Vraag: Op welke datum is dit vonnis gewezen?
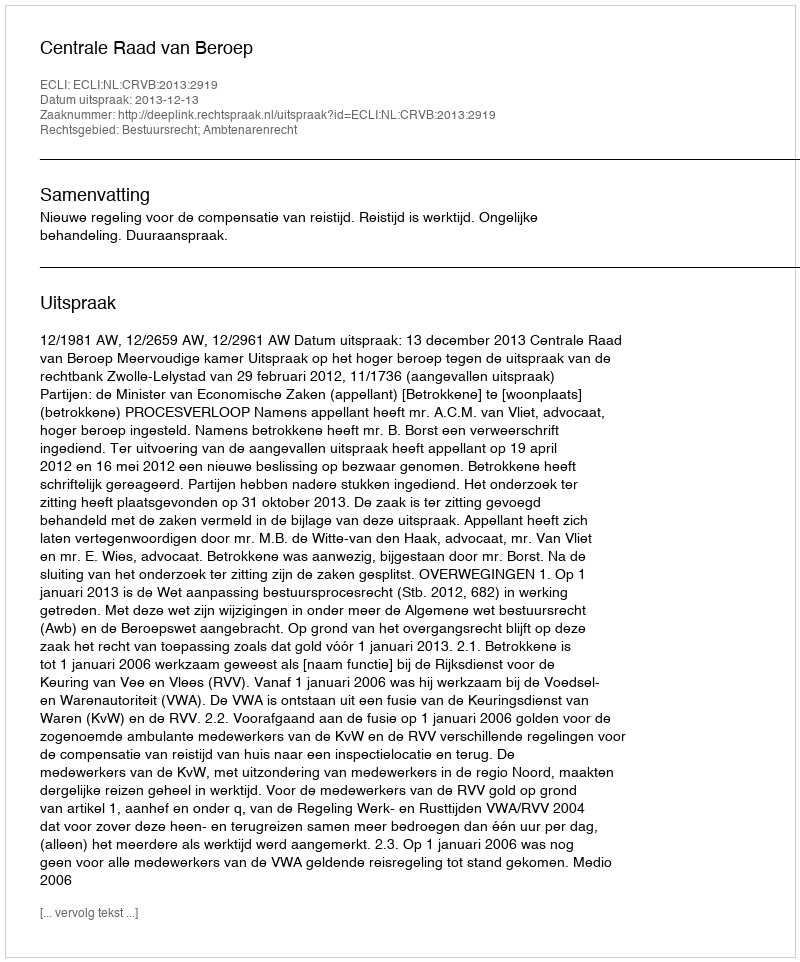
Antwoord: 2013-12-13